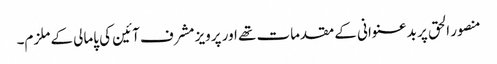
منصور الحق پر بدعنوانی کے مقدمات تھے اور پرویز مشرف آئین کی پامالی کے ملزم۔